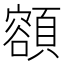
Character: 𩔜